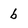
Character: b